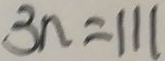
3 n = 1 1 1